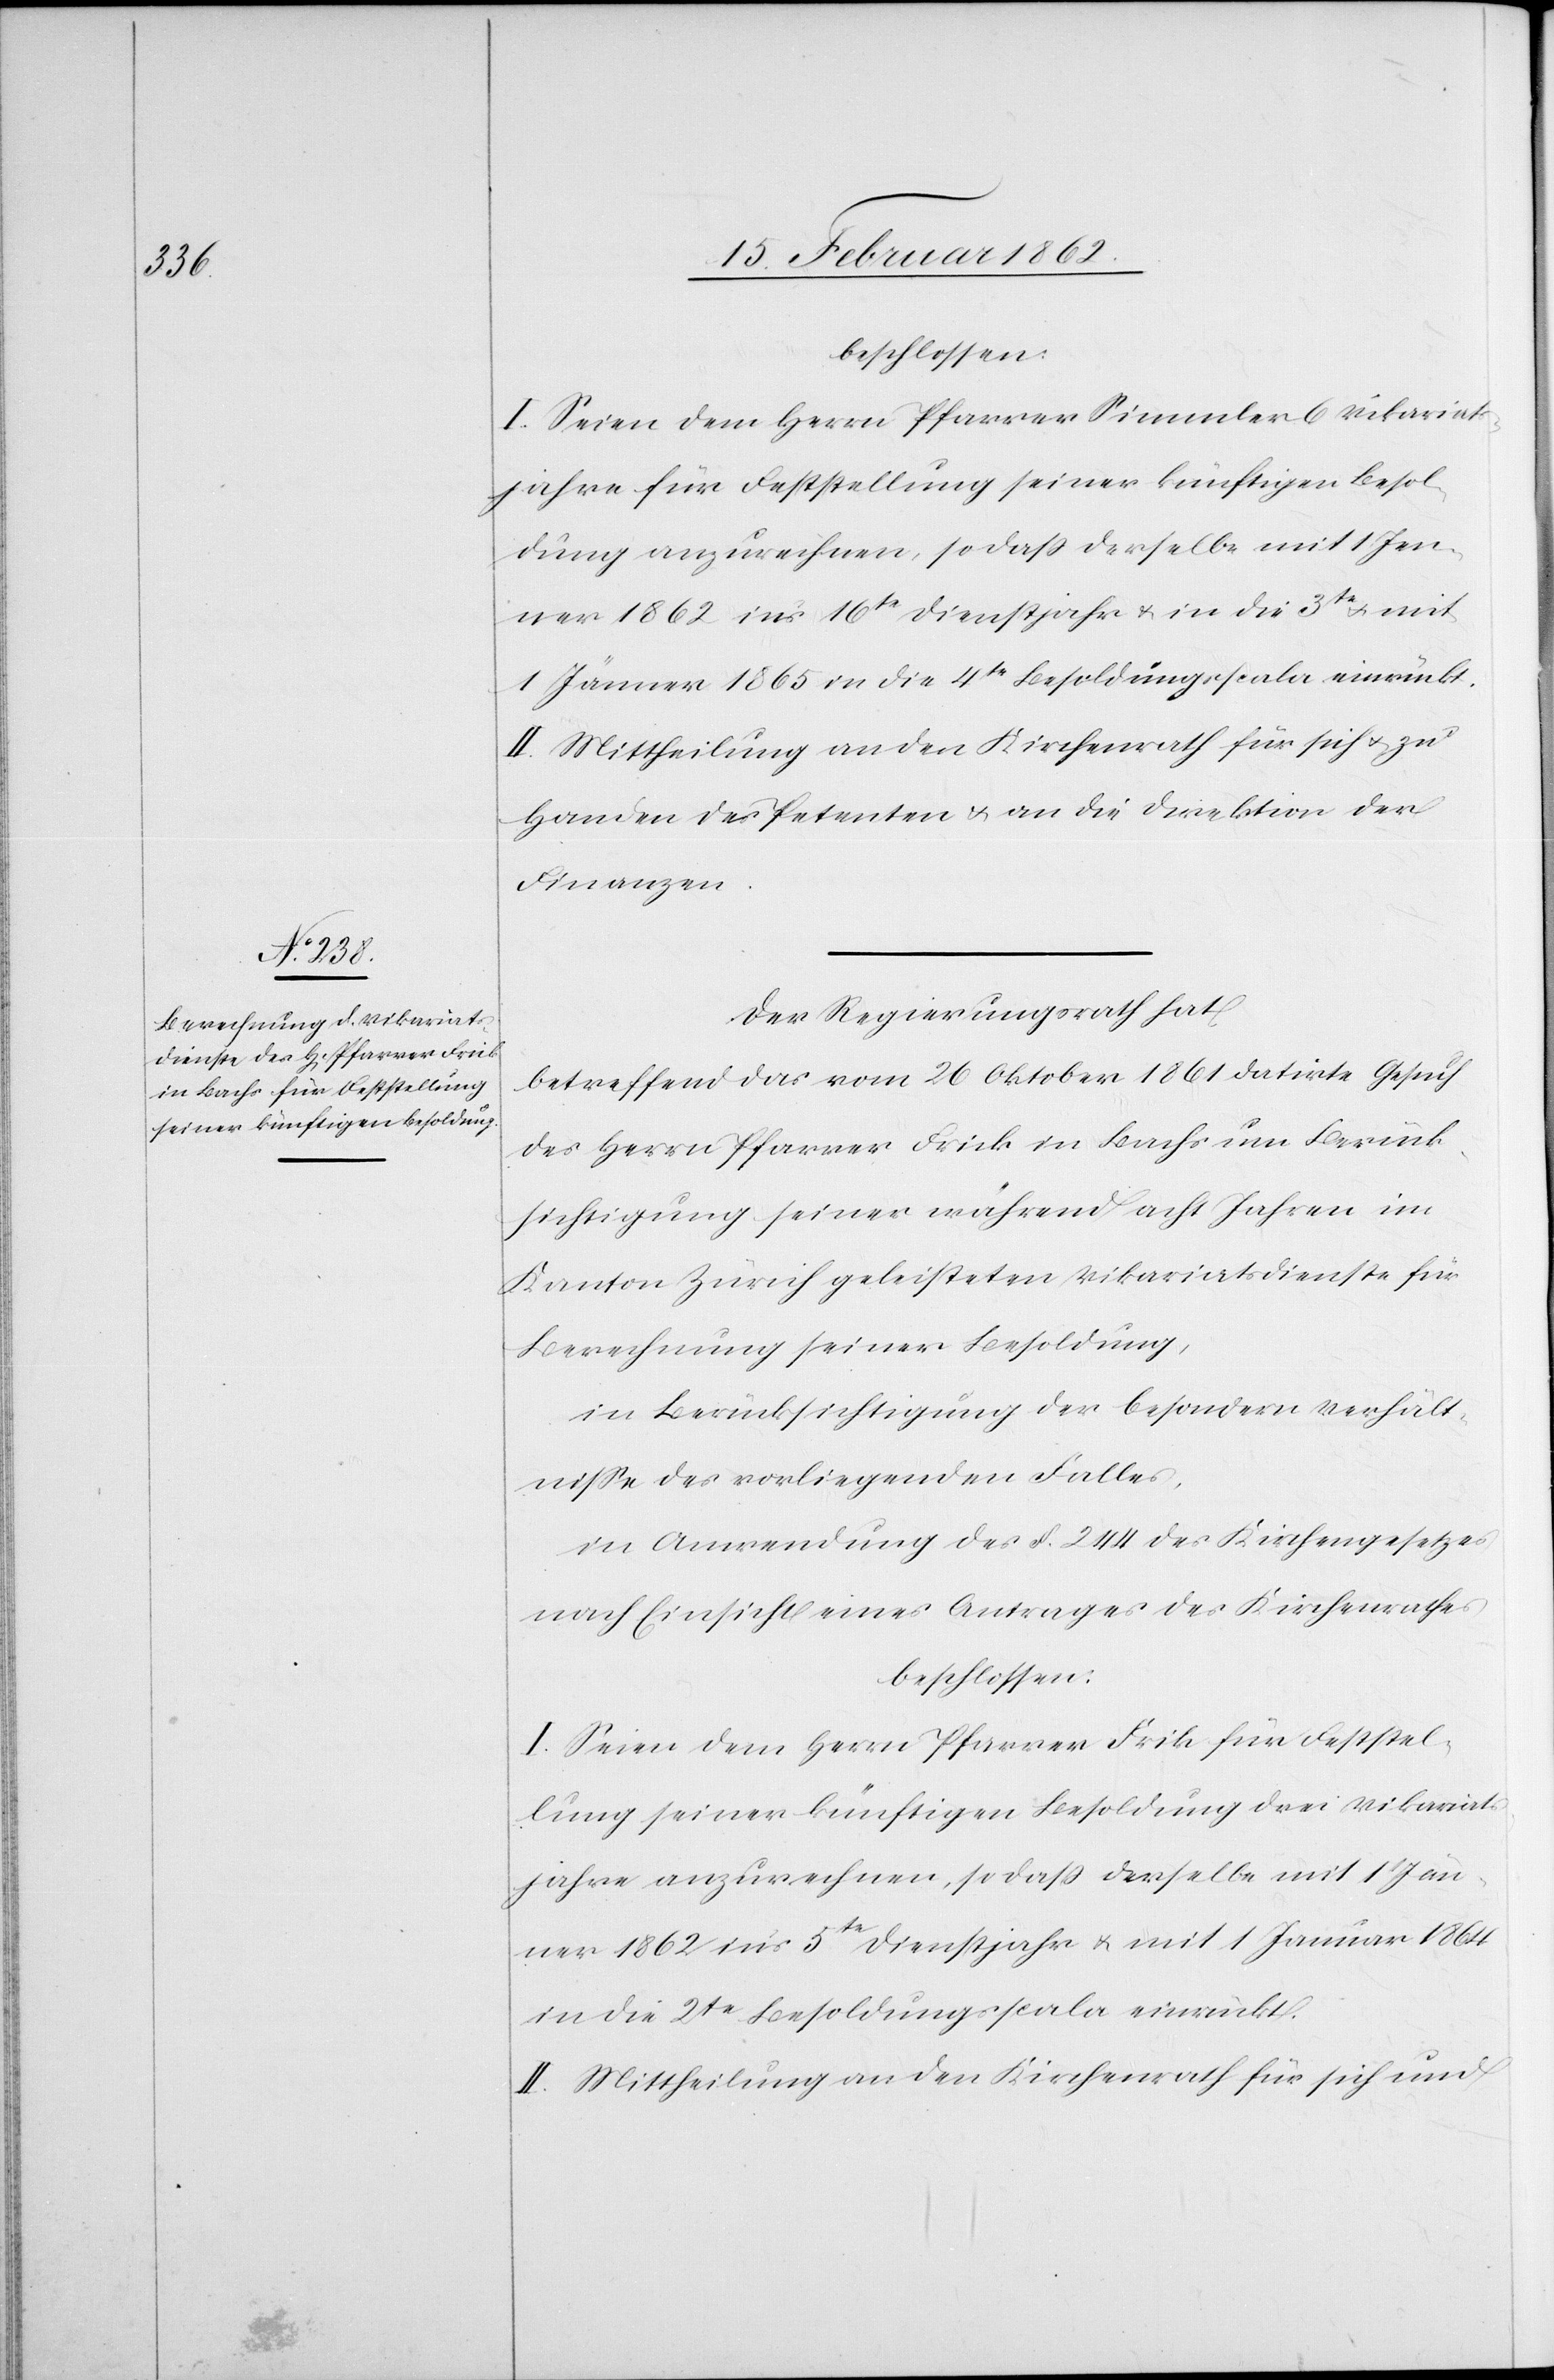
beschlossen:
I. Seien dem Herrn Pfarrer Simmler 6 Vikariats¬
jahre für Feststellung seiner künftigen Besol¬
dung anzurechnen, so daß derselbe mit 1 Jen¬
ner 1862 in’s 16te Dienstjahr u. in die 3te u. mit
1 Jänner 1865 in die 4te Besoldungsscala einrückt.
II. Mittheilung an den Kirchenrath für sich u. zu
Handen des Petenten u. an die Direktion der
Finanzen.
Der Regierungsrath hat,
betreffend das vom 26 Oktober 1861 datirte Gesuch
des Herrn Pfarrer Frick in Bachs um Berück¬
sichtigung seiner während acht Jahren im
Kanton Zürich geleisteten Vikariatsdienste für
Berechnung seiner Besoldung,
in Berücksichtigung der besondern Verhält¬
nisse des vorliegenden Falles,
in Anwendung des §. 244 des Kirchengesetzes
nach Einsicht eines Antrages des Kirchenrathes
beschlossen:
I. Seien dem Herrn Pfarrer Frick für Feststel¬
lung seiner künftigen Besoldung drei Vikariats¬
jahre anzurechnen, so daß derselbe mit 1 Jän¬
ner 1862 in’s 5te Dienstjahr u. mit 1 Januar 1864
in die 2te Besoldungsscala einrückt.
II. Mittheilung an den Kirchenrath für sich und